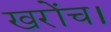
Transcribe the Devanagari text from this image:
खरोंच।